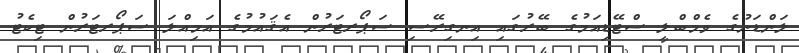
ލަންޑަނުގެ ވެމްބްލީ ސްޓޭޑިއަމުގެ ބޭރުގައި އިނގިރޭސި ސަޕޯރޓަރުން އެޤައުމުގެ އަމިއްލަ ސަޕޯރޓަރުން ޓިކެޓު